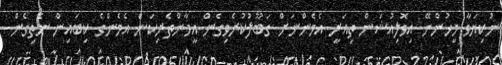
ނުކިޔަވާ މީހުންނޭ އިވޮލިއުޝަން ތިއަރީ އެމެންނަށް ގަބޫލުކުރެވިގެން އީމާންތެރިކަން އެމެންގެ ކިބައިން ނެތިގެން